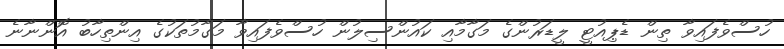
ހުސްވެފައިވާ ތިން ޑެޕިއުޓީ ލީޑަރުންގެ މަގާމާއި ކައުންސިލުން ހުސްވެފައިވާ މަގާމުތަކުގެ އިންތިހާބު އޮންނާނެ